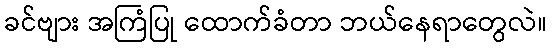
ခင်ဗျား အကြံပြု ထောက်ခံတာ ဘယ်နေရာတွေလဲ။